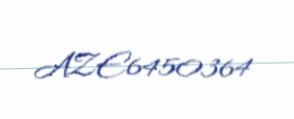
AZE6450364